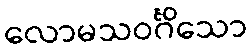
လောမသဝင်္ဂိသော